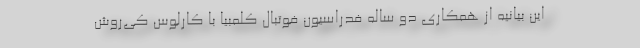
این بیانیه از همکاری دو ساله فدراسیون فوتبال کلمبیا با کارلوس کی‌روش